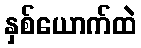
နှစ်ယောက်ထဲ